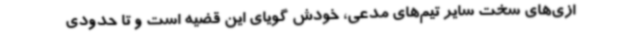
ازی‌های سخت سایر تیم‌های مدعی، خودش گویای این قضیه است و تا حدودی